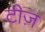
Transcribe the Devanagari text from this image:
टीज़